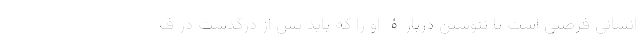
انسانی فرصتی است تا ننوشتن دربارۀ او را که باید پس از درگذشت در ف